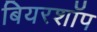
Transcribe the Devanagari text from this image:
बियरशॉप